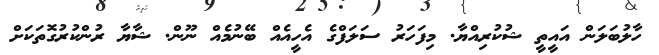
ހާލުބަލަން އައީތީ ޝުކުރިއްޔާ. މިފަހަރު ސަލަފްގެ އެހީއެއް ބޭނުމެއް ނޫން. ޝާޔާ ރުންކުރުގޮތަކަށް